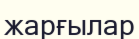
жарғылар